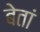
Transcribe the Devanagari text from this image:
बेतां